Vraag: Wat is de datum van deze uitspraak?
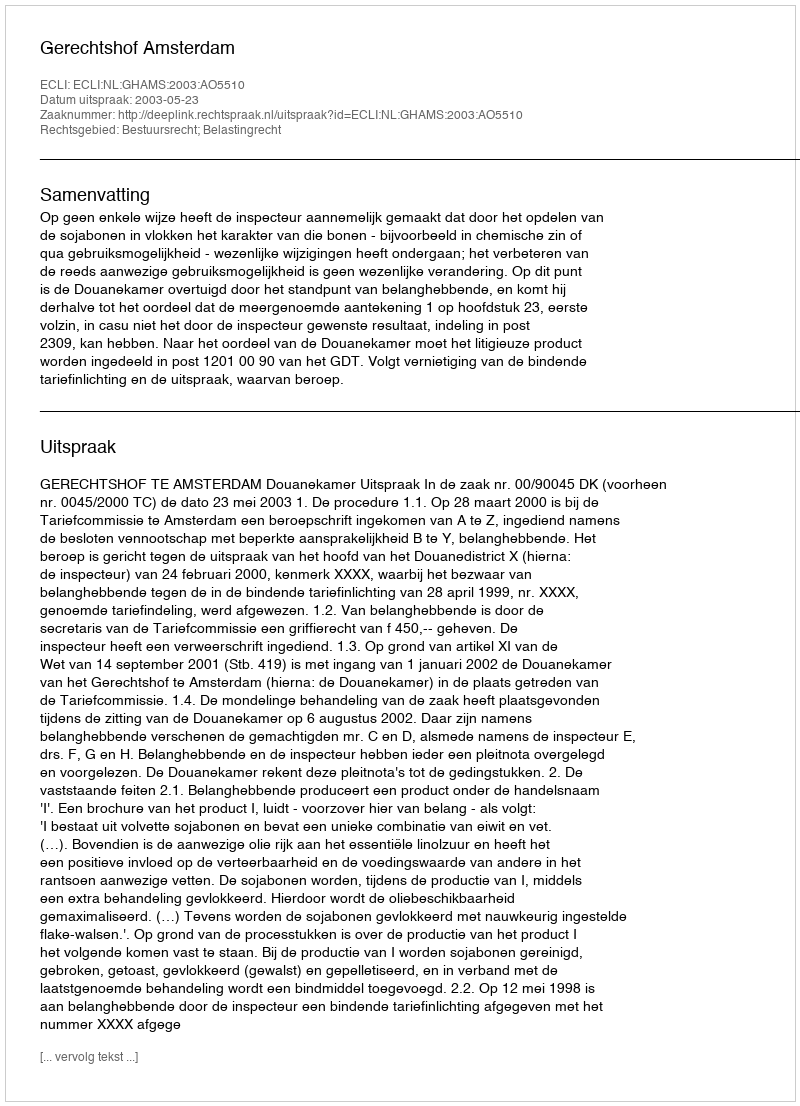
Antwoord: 2003-05-23